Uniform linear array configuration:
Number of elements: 64
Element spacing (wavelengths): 0.25
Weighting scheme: hamming
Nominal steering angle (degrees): -45
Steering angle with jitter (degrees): -46.205
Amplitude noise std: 0.05
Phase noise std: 0.05

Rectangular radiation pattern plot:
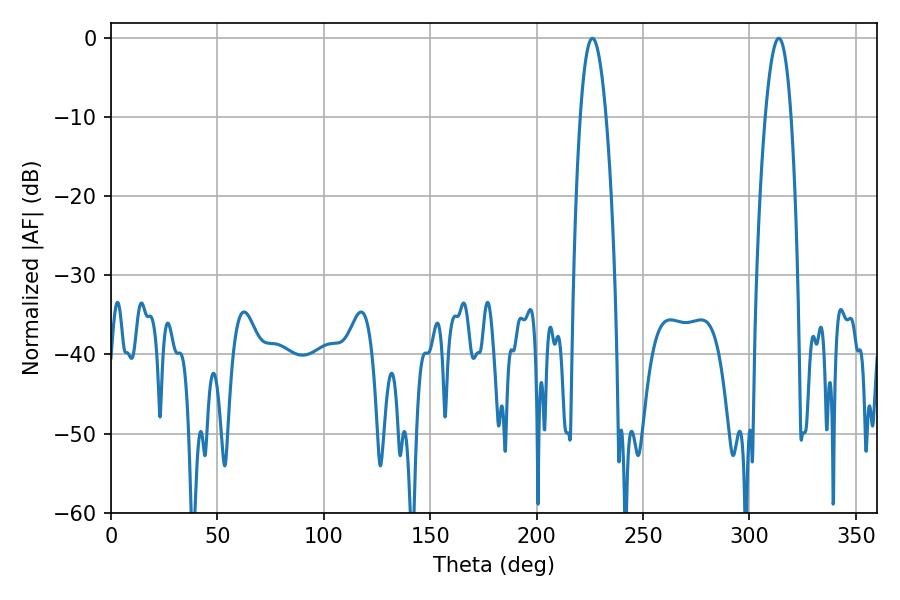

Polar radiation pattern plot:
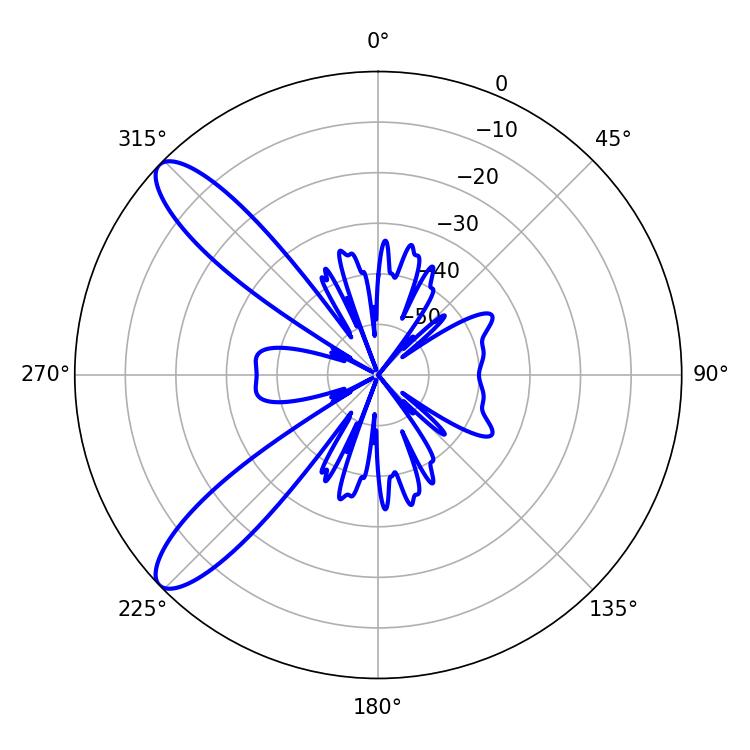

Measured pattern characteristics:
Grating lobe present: FALSE
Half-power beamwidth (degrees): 6.66
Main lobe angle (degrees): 226.26